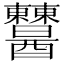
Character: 𨤈